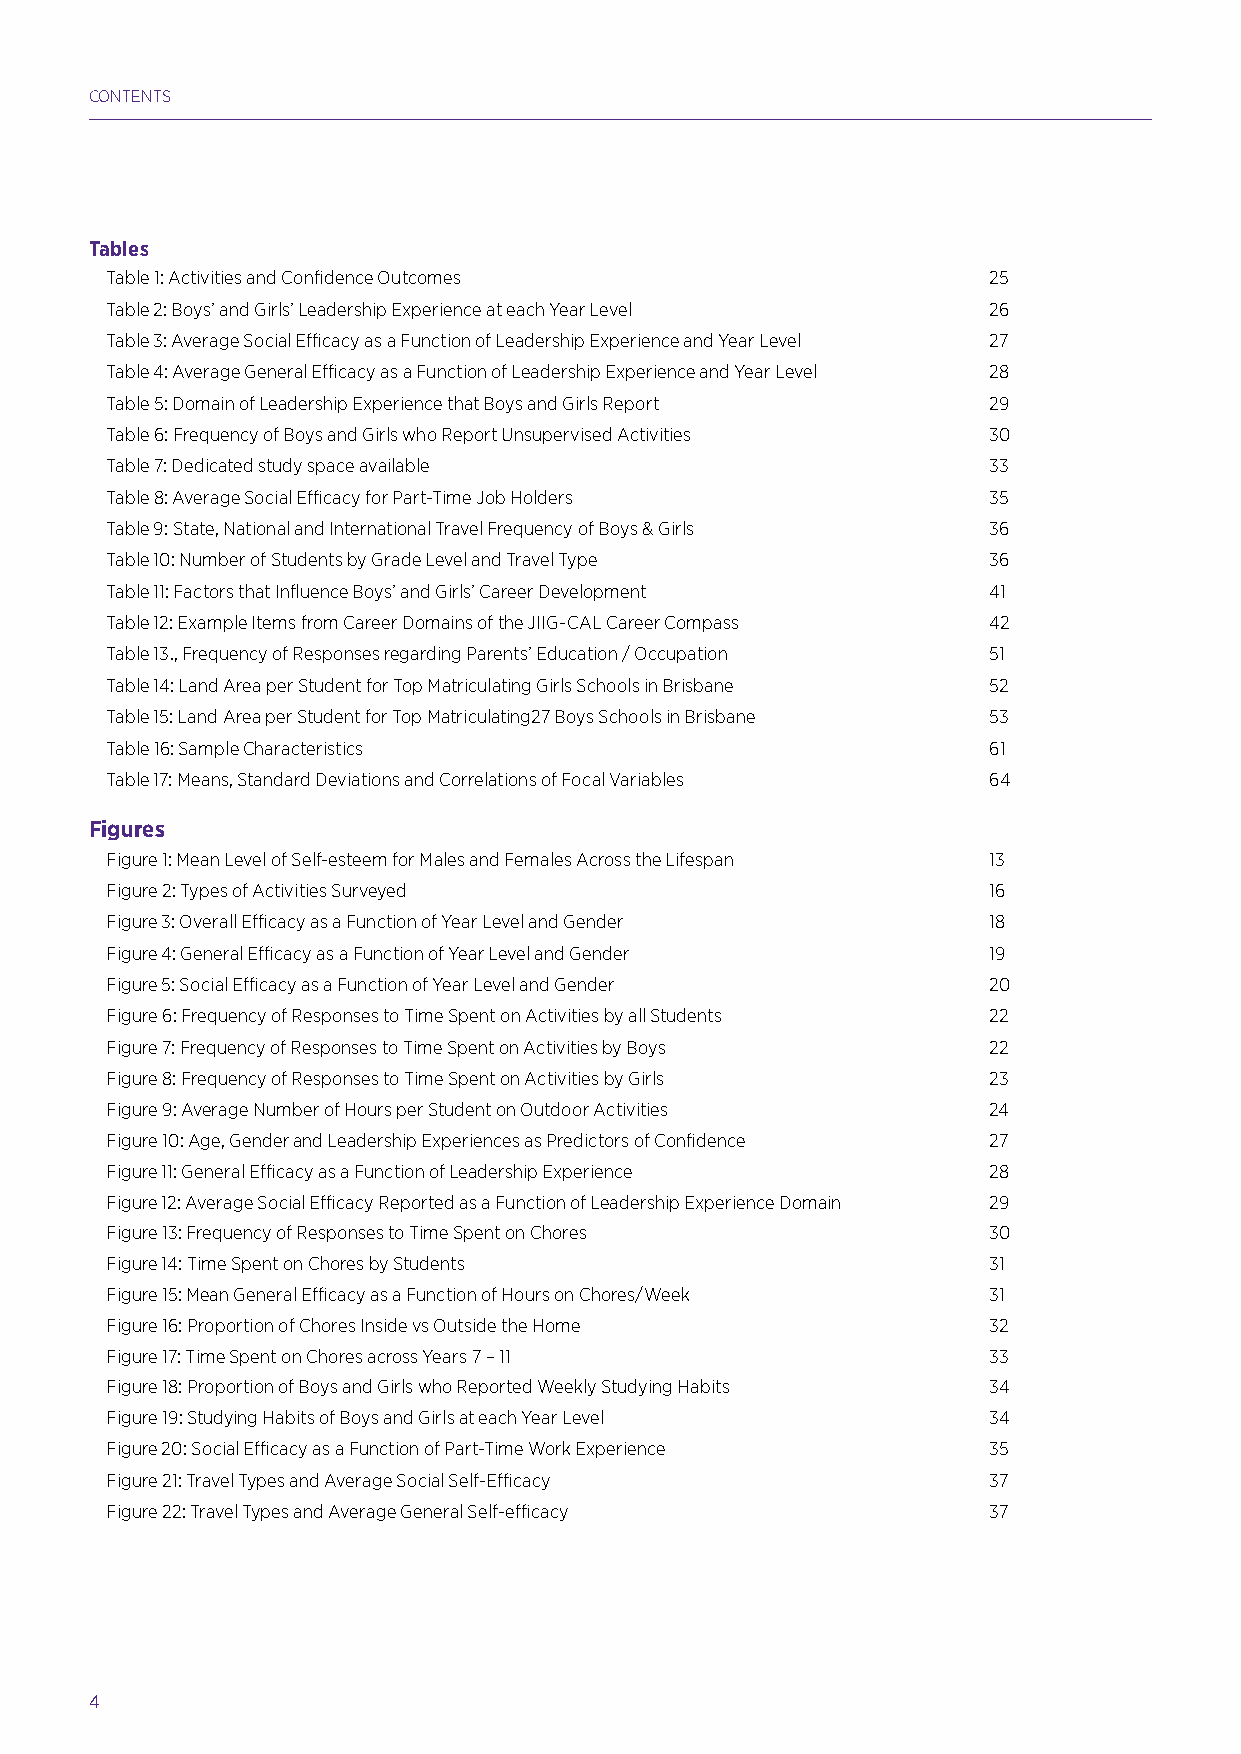
CONTENTS
 Tables
 Table 1: Activities and Confidence Outcomes               25
 Table 2: Boys’ and Girls’ Leadership Experience at each Year Level 26
 Table 3: Average Social Efficacy as a Function of Leadership Experience and Year Level 27
 Table 4: Average General Efficacy as a Function of Leadership Experience and Year Level 28
 Table 5: Domain of Leadership Experience that Boys and Girls Report 29
 Table 6: Frequency of Boys and Girls who Report Unsupervised Activities 30
 Table 7: Dedicated study space available                  33
 Table 8: Average Social Efficacy for Part-Time Job Holders 35
 Table 9: State, National and International Travel Frequency of Boys & Girls 36
 Table 10: Number of Students by Grade Level and Travel Type 36
 Table 11: Factors that Influence Boys’ and Girls’ Career Development 41
 Table 12: Example Items from Career Domains of the JIIG-CAL Career Compass 42
 Table 13., Frequency of Responses regarding Parents’ Education / Occupation 51
 Table 14: Land Area per Student for Top Matriculating Girls Schools in Brisbane 52
 Table 15: Land Area per Student for Top Matriculating27 Boys Schools in Brisbane 53
 Table 16: Sample Characteristics                          61
 Table 17: Means, Standard Deviations and Correlations of Focal Variables 64
 Figures
 Figure 1: Mean Level of Self-esteem for Males and Females Across the Lifespan 13
 Figure 2: Types of Activities Surveyed                    16
 Figure 3: Overall Efficacy as a Function of Year Level and Gender 18
 Figure 4: General Efficacy as a Function of Year Level and Gender 19
 Figure 5: Social Efficacy as a Function of Year Level and Gender 20
 Figure 6: Frequency of Responses to Time Spent on Activities by all Students 22
 Figure 7: Frequency of Responses to Time Spent on Activities by Boys 22
 Figure 8: Frequency of Responses to Time Spent on Activities by Girls 23
 Figure 9: Average Number of Hours per Student on Outdoor Activities 24
 Figure 10: Age, Gender and Leadership Experiences as Predictors of Confidence 27
 Figure 11: General Efficacy as a Function of Leadership Experience 28
 Figure 12: Average Social Efficacy Reported as a Function of Leadership Experience Domain 29
 Figure 13: Frequency of Responses to Time Spent on Chores 30
 Figure 14: Time Spent on Chores by Students               31
 Figure 15: Mean General Efficacy as a Function of Hours on Chores/Week 31
 Figure 16: Proportion of Chores Inside vs Outside the Home 32
 Figure 17: Time Spent on Chores across Years 7 – 11       33
 Figure 18: Proportion of Boys and Girls who Reported Weekly Studying Habits 34
 Figure 19: Studying Habits of Boys and Girls at each Year Level 34
 Figure 20: Social Efficacy as a Function of Part-Time Work Experience 35
 Figure 21: Travel Types and Average Social Self-Efficacy  37
 Figure 22: Travel Types and Average General Self-efficacy 37
 4